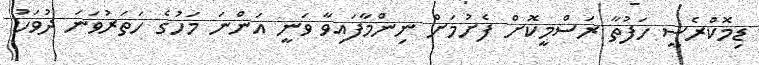
ޑިމޮކްރެސީ ހަފުތާ ރަސްމީކޮށް ފެށުމަށް ނިންމާފައިވާ ވަނީ އަންނަ މަހުގެ ހަތަރުވަނަ ދުވަހު